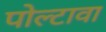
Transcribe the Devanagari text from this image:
पोल्टावा